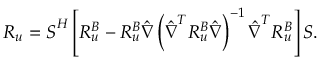
\boldsymbol { R _ { u } } = \boldsymbol { S } ^ { H } \left[ \boldsymbol { R _ { u } ^ { B } } - \boldsymbol { R _ { u } ^ { B } } \boldsymbol { \hat { \nabla } } \left( \boldsymbol { \hat { \nabla } } ^ { T } \boldsymbol { R _ { u } ^ { B } } \boldsymbol { \hat { \nabla } } \right) ^ { - 1 } \boldsymbol { \hat { \nabla } } ^ { T } \boldsymbol { R _ { u } ^ { B } } \right] \boldsymbol { S } .